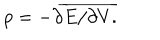
LaTeX: p = - \partial \overline { { { E / \partial V . } } }